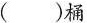
()桶